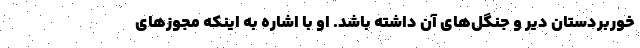
خوربردستان دیّر و جنگل‌های آن داشته باشد. او با اشاره به اینکه مجوزهای